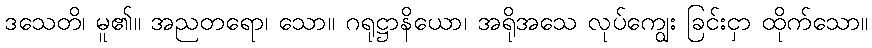
ဒသေတိ၊ မူ၏။ အညတရော၊ သော။ ဂရုဋ္ဌာနိယော၊ အရိုအသေ လုပ်ကျွေး ခြင်းငှာ ထိုက်သော။